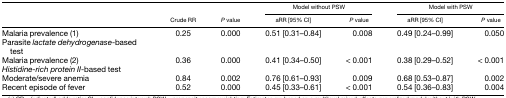
<table><thead><tr><td></td><td></td><td></td><td colspan="2"><b>Model without PSW</b></td><td colspan="2"><b>Model with PSW</b></td></tr><tr><td></td><td><b>Crude RR</b></td><td><b><i>P</i> value</b></td><td><b>aRR [95% CI]</b></td><td><b><i>P</i> value</b></td><td><b>aRR [95% CI]</b></td><td><b><i>P</i> value</b></td></tr></thead><tbody><tr><td>Malaria prevalence (1)</td><td rowspan="2">0.25</td><td rowspan="2">0.000</td><td rowspan="2">0.51 [0.31–0.84]</td><td rowspan="2">0.008</td><td rowspan="2">0.49 [0.24–0.99]</td><td rowspan="2">0.050</td></tr><tr><td>Parasite <i>lactate dehydrogenase</i>-based test</td></tr><tr><td>Malaria prevalence (2)</td><td rowspan="2">0.36</td><td rowspan="2">0.000</td><td rowspan="2">0.41 [0.34–0.50]</td><td rowspan="2">&lt; 0.001</td><td rowspan="2">0.38 [0.29–0.52]</td><td rowspan="2">&lt; 0.001</td></tr><tr><td><i>Histidine-rich protein II</i>-based test</td></tr><tr><td>Moderate/severe anemia</td><td>0.84</td><td>0.002</td><td>0.76 [0.61–0.93]</td><td>0.009</td><td>0.68 [0.53–0.87]</td><td>0.002</td></tr><tr><td>Recent episode of fever</td><td>0.52</td><td>0.000</td><td>0.45 [0.33–0.61]</td><td>&lt; 0.001</td><td>0.54 [0.36–0.83]</td><td>0.004</td></tr></tbody></table>